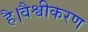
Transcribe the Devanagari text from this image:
है।वैश्वीकरण